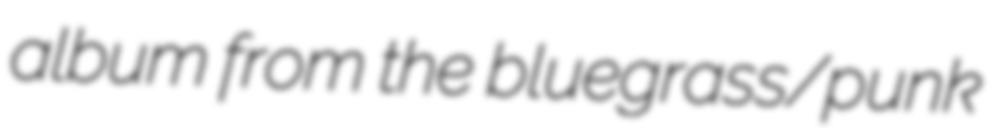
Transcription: album from the bluegrass/punk